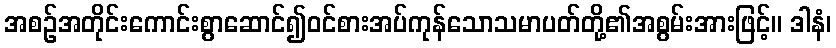
အစဉ်အတိုင်းကောင်းစွာဆောင်၍ဝင်စားအပ်ကုန်သောသမာပတ်တို့၏အစွမ်းအားဖြင့်။ ဒါနံ၊